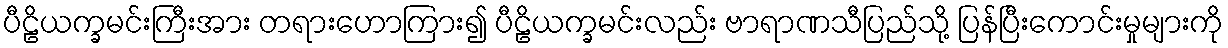
ပီဠိယက္ခမင်းကြီးအား တရားဟောကြား၍ ပီဠိယက္ခမင်းလည်း ဗာရာဏသီပြည်သို့ ပြန်ပြီးကောင်းမှုများကို